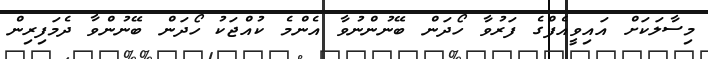
މިސާލަކަށް އައިވީއެފްގެ ފަރުވާ ހޯދަން ބޭނުންނުވާ އެންމެ ކުއްޖަކު ހޯދަން ބޭނުންވާ ދެމަފިރިން